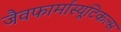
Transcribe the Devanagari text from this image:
जैवफार्मास्यूटिकल्स